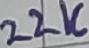
Text: 22K